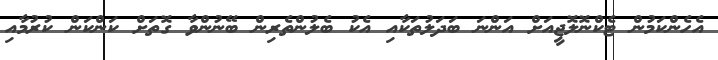
އެހެންކަމުން ޓެކްނޮލޮޖީއަށް އަންނަ ބަދަލުތަކާއި އެކު ބެލުންތެރިން ބޭނުންވާ ގޮތަށް ކަންކަން ކުރުމާއި